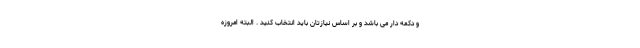
و دکمه دار می باشد و بر اساس نیازتان باید انتخاب کنید . البته امروزه